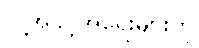
လူ့အခွင့်အရေးများကို